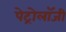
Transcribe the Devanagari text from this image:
पेट्रोलॉजी